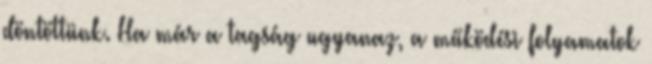
döntöttünk. Ha már a tagság ugyanaz, a működési folyamatok